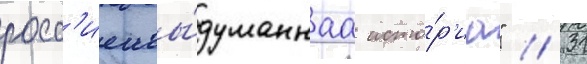
росс'иеивы́думаннаа исто́р'иа" // 31